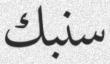
سنبك